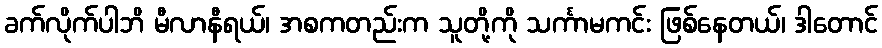
ခက်လိုက်ပါဘိ မီလာနီရယ်၊ အစကတည်းက သူတို့ကို သင်္ကာမကင်း ဖြစ်နေတယ်၊ ဒါတောင်